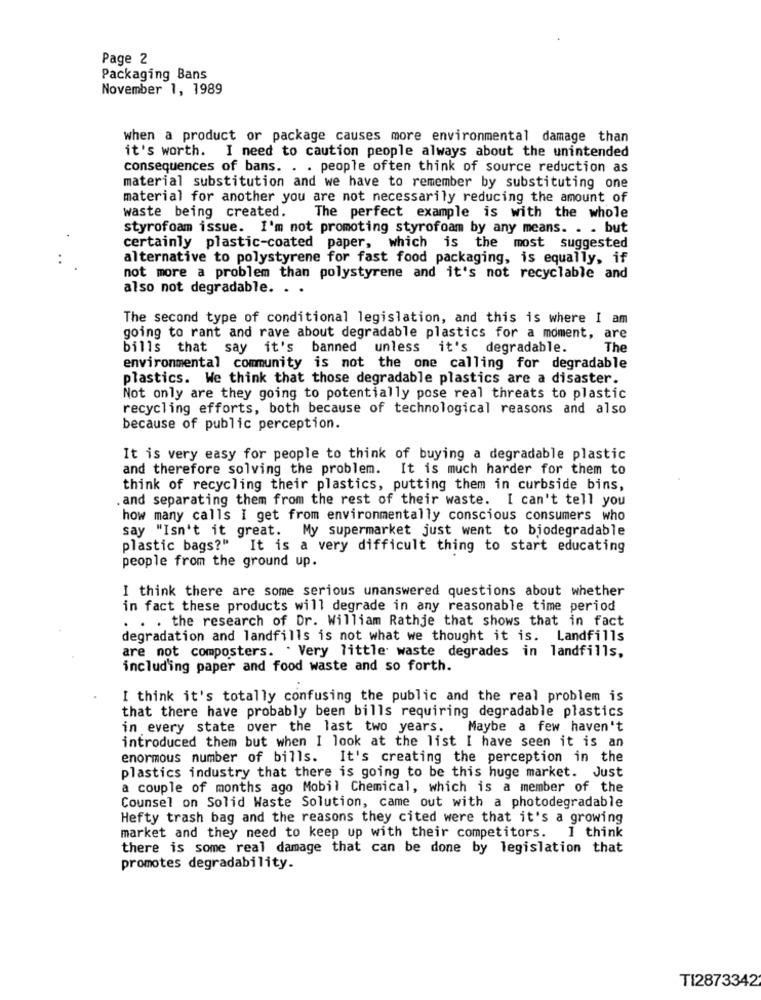
Page 2
Packaging Bans
November 1, 1989
when a product or package causes more environmental damage than
it's worth. I need to caution people always about the unintended
consequences of bans. . . people often think of source reduction as
material substitution and we have to remember by substituting one
material for another you are not necessarily reducing the amount of
waste being created.
The perfect example is with the whole
styrofoam issue. I'm not promoting styrofoam by any means. . . but
certainly plastic-coated paper, which is the most suggested
alternative to polystyrene for fast food packaging, is equally, if
not more a problem than polystyrene and it's not recyclable and
also not degradable. . .
The second type of conditional legislation, and this is where I am
going to rant and rave about degradable plastics for a moment, are
bills that say it's banned unless it's degradable.
The
environmental community is not the one calling for degradable
plastics. We think that those degradable plastics are a disaster.
Not only are they going to potentially pose real threats to plastic
recycling efforts, both because of technological reasons and also
because of public perception.
It is very easy for people to think of buying a degradable plastic
and therefore solving the problem. It is much harder for them to
think of recycling their plastics, putting them in curbside bins,
. and separating them from the rest of their waste. I can't tell you
how many calls I get from environmentally conscious consumers who
say "Isn't it great. My supermarket just went to biodegradable
plastic bags?" It is a very difficult thing to start educating
people from the ground up.
I think there are some serious unanswered questions about whether
in fact these products will degrade in any reasonable time period
. . . the research of Dr. William Rathje that shows that in fact
degradation and landfills is not what we thought it is. Landfills
are not composters. . Very little waste degrades in landfills,
including paper and food waste and so forth.
I think it's totally confusing the public and the real problem is
that there have probably been bills requiring degradable plastics
in every state over the last two years. Maybe a few haven't
introduced them but when I look at the list I have seen it is an
enormous number of bills. It's creating the perception in the
plastics industry that there is going to be this huge market. Just
a couple of months ago Mobil Chemical, which is a member of the
Counsel on Solid Waste Solution, came out with a photodegradable
Hefty trash bag and the reasons they cited were that it's a growing
market and they need to keep up with their competitors. I think
there is some real damage that can be done by legislation that
promotes degradability.
TI2873342